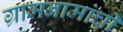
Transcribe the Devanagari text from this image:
ग्रामनामांची